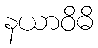
နယာဝိဓိ